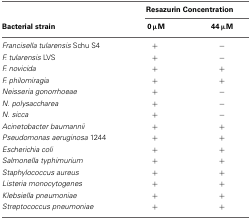
|  | <COLSPAN=2> Resazurin Concentration |
 | Bacterial strain | 0 μM | 44 μM |
 | --- | --- | --- |
 | Francisella tularensis Schu S4 | + | − |
 | F. tularensis LVS | + | − |
 | F. novicida | + | + |
 | F. philomiragia | + | + |
 | Neisseria gonorrhoeae | + | − |
 | N. polysaccharea | + | − |
 | N. sicca | + | − |
 | Acinetobacter baumannii | + | + |
 | Pseudomonas aeruginosa 1244 | + | + |
 | Escherichia coli | + | + |
 | Salmonella typhimurium | + | + |
 | Staphylococcus aureus | + | + |
 | Listeria monocytogenes | + | + |
 | Klebsiella pneumoniae | + | + |
 | Streptococcus pneumoniae | + | + |